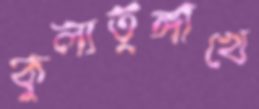
কুলাতুঙ্গাখে